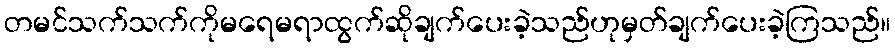
တမင်သက်သက်ကိုမရေမရာထွက်ဆိုချက်ပေးခဲ့သည်ဟုမှတ်ချက်ပေးခဲ့ကြသည်။